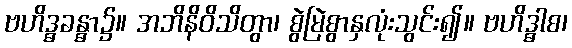
ဗဟိဒ္ဓခန္ဓာ၌။ အဘိနိဝိသိတွာ၊ စွဲမြဲစွာနှလုံးသွင်း၍။ ဗဟိဒ္ဓါစ၊